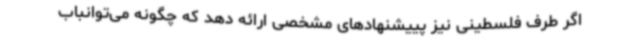
اگر طرف فلسطینی نیز پییشنهادهای مشخصی ارائه دهد که چگونه می‌توانباب